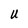
Character: U